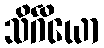
သိင်္ဂိယော